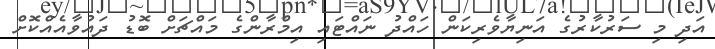
އަދި މި ސަރުކާރުގެ އަނިޔާވެރިކަން ހައްދު ނައްޓައި އިމްރާންގެ މައްޗަށް ބޮޑު ދައުވާއެއްކޮށް